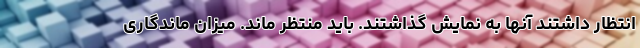
انتظار داشتند آنها به نمایش گذاشتند. باید منتظر ماند. میزان ماندگاری